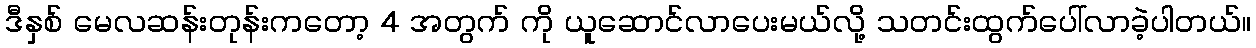
ဒီနှစ် မေလဆန်းတုန်းကတော့ 4 အတွက် ကို ယူဆောင်လာပေးမယ်လို့ သတင်းထွက်ပေါ်လာခဲ့ပါတယ်။